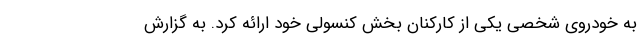
به خودروی شخصی یکی از کارکنان بخش کنسولی خود ارائه کرد. به گزارش